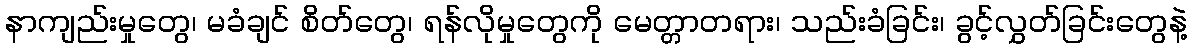
နာကျည်းမှုတွေ၊ မခံချင် စိတ်တွေ၊ ရန်လိုမှုတွေကို မေတ္တာတရား၊ သည်းခံခြင်း၊ ခွင့်လွှတ်ခြင်းတွေနဲ့